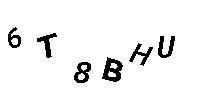
6T8BHU